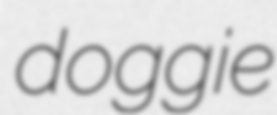
doggie